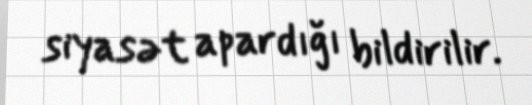
siyasət apardığı bildirilir.